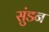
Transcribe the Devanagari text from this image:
सुंडन